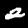
Label: 2